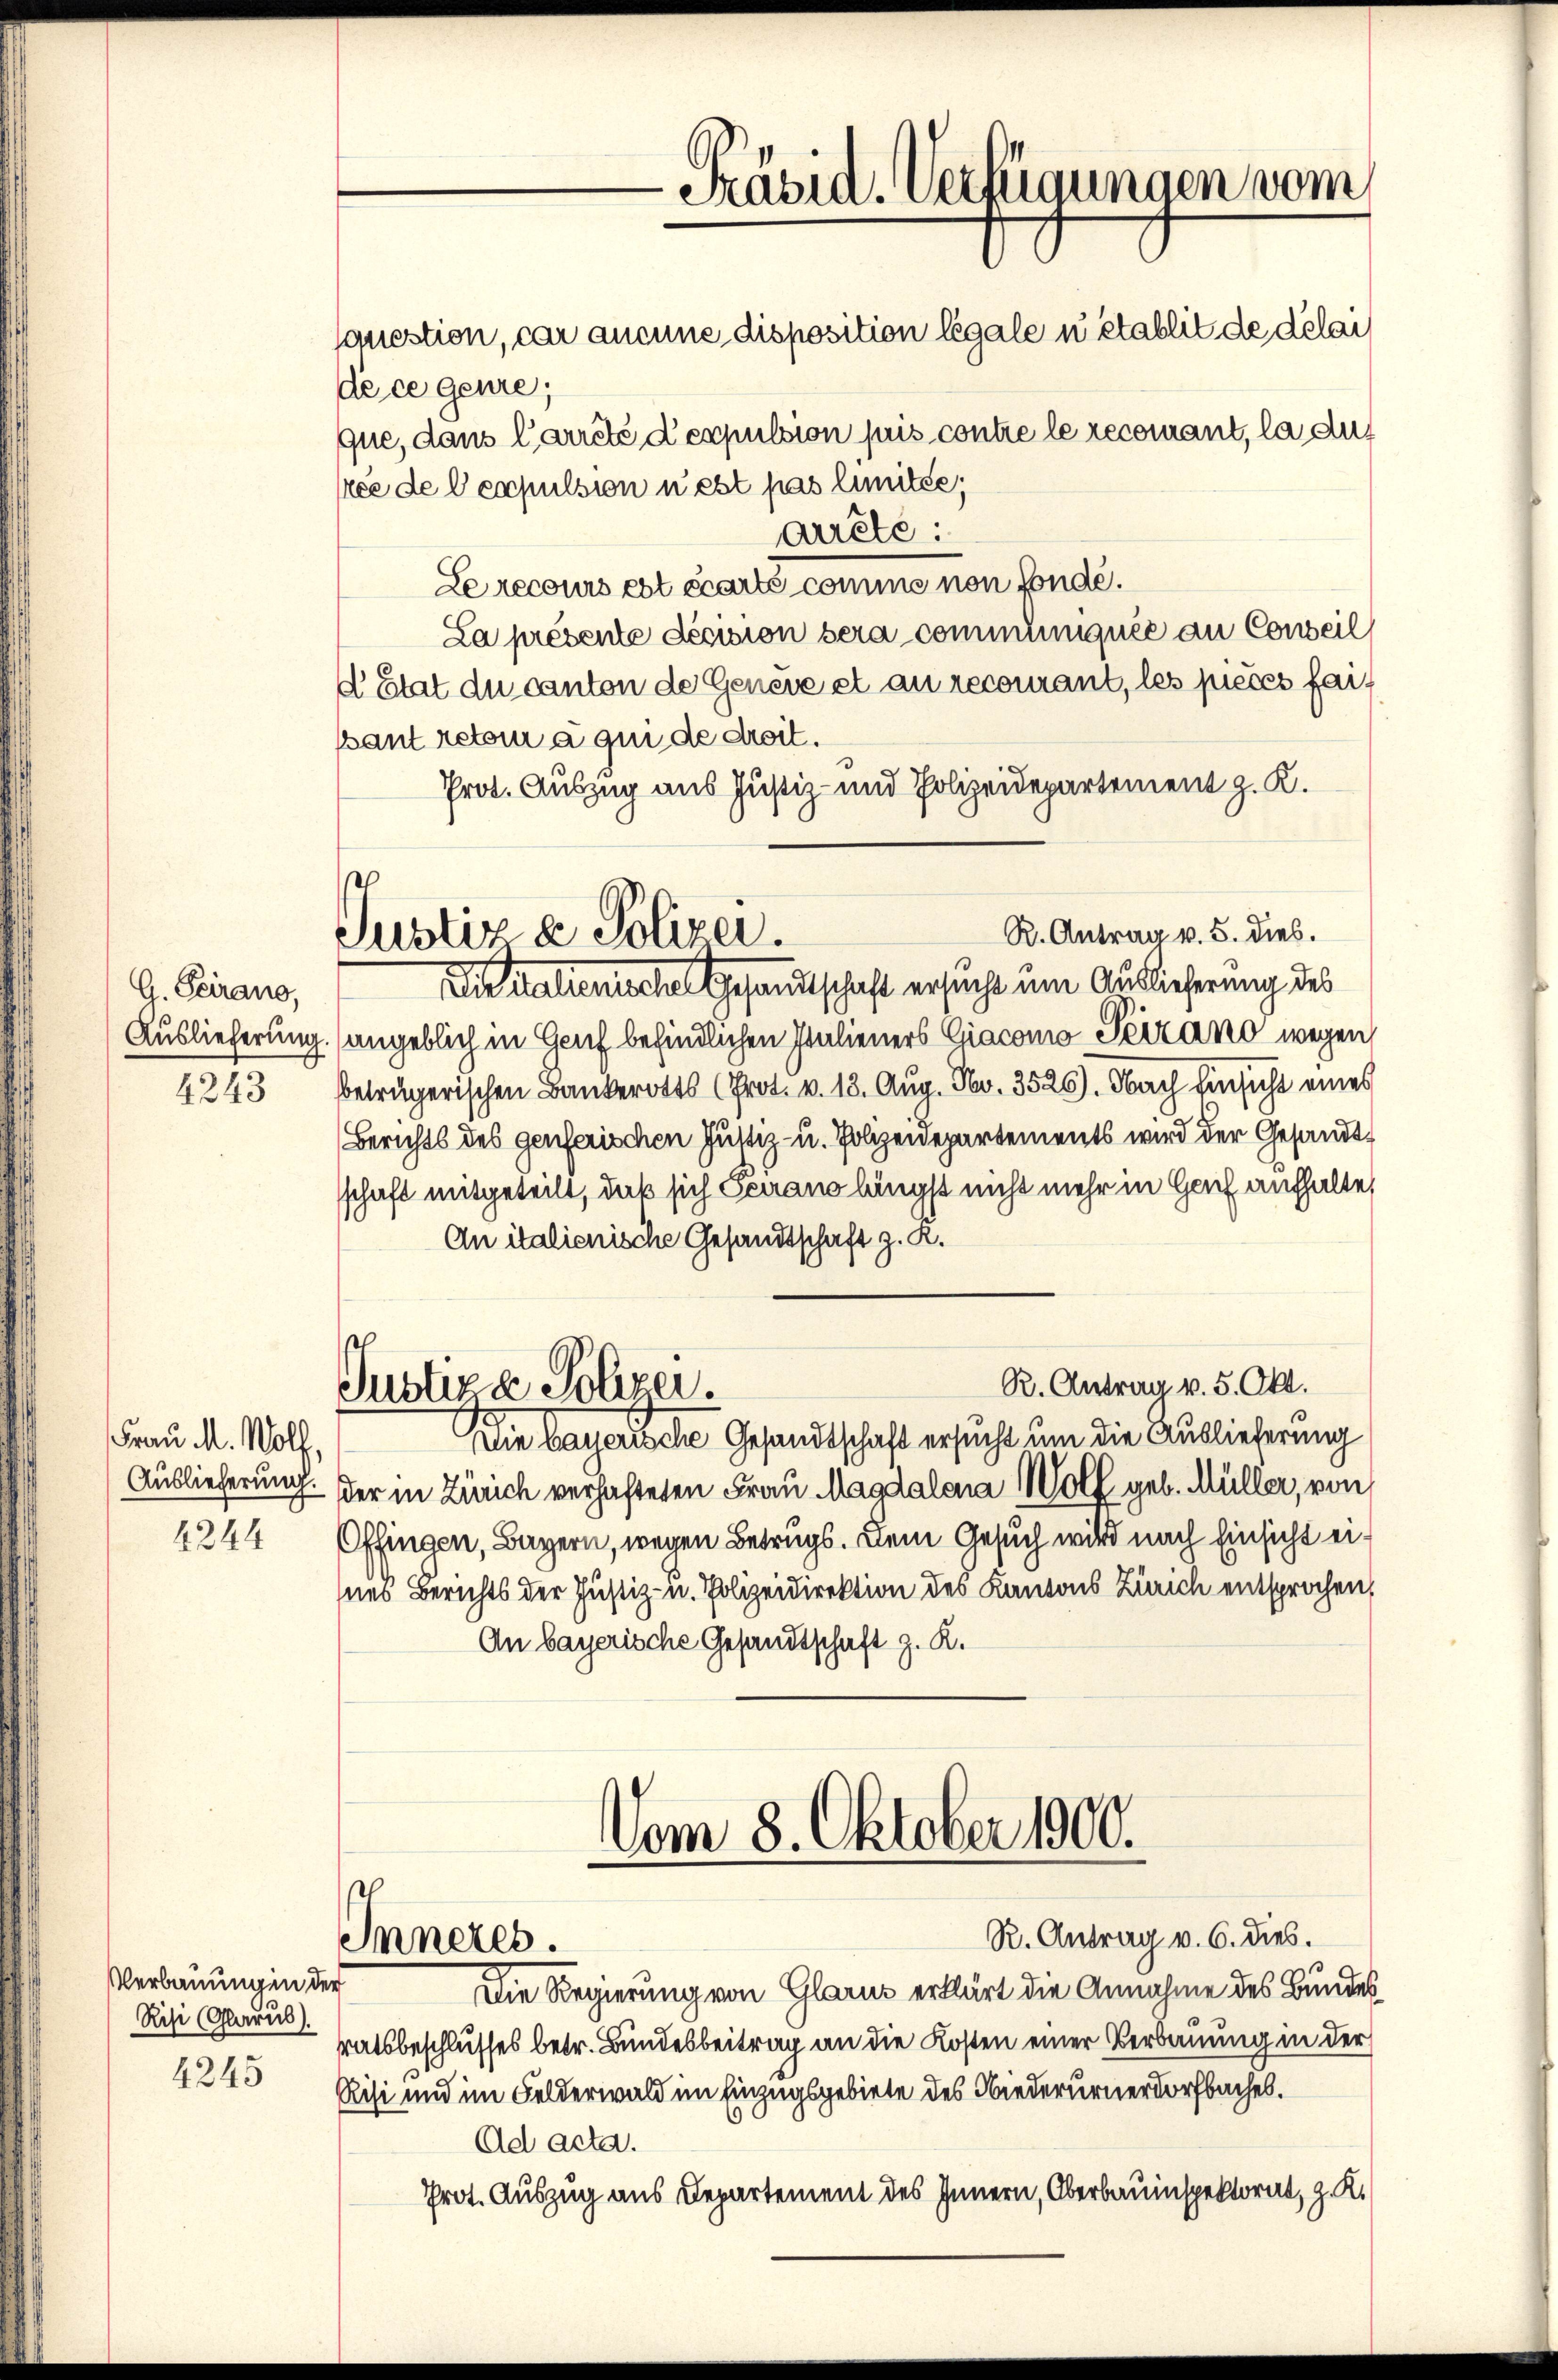
G. Seirano,
Auslieferung.
4243

Frau M. Wolf,
4244

Verbauung in der
Risi (Glarus).

4245

Präsid. Verfügungen vom

R. Antrag v. 5. dies.
Justiz & Polizei.

sauestion, car aucune disposition légale u établit de délai
de ce geure;
que, dans Carreté d’espulsion puis contre le recourant, la dur
ree de l’excpulsion n’est pas limitée;
arrête:
Le recours est écarts comme non fonde.
La présente devision sera communiquée an Conseil
d Etat du canton de Genere et au recourant, les pieces fait
pant retour a qui de droit.
Prot. Auszug aus Justiz- und Polizeidepartement z. K.
Die valienische Gesandtschaft ersucht um Auslieferung des
angeblich in Genf befindlichen Italieners Giacomo Peizano wegen
beträgerischen Bankerotts (Prot. v. 13. Aug. No. 3526). Obach Einsicht eines
Berichts des genferischen Justiz- u. Polizeidepartements wird der Gesandtschaft mitgeteilt, daß sich Gerano längst nicht mehr in Hof aufhalte,
An italienische Gesandtschaft z. R.
R. Antrag v. 5. Okt.
Justiz & Polizei.
Die bayerische Gesandtschaft ersucht um die Auslieferung
Auslieferung. Der in Zürich verhafteten Frau Magdalena Wolf geb. Müller, von
Offingen, Bayern, wegen Betrugs. Dem Gesuch wird nach Einsicht eines Berichts der Justiz- u. Polizeidirektion des Kantons Zürich entsprochen,
An bayerische Gesandtschaft z. R.

Vom 8. Oktober 1900.
R. Antrag v. 6. dies.
Inneres.

Die Regierung von Glarus erklärt die Annahme des Bundes
ratsbeschlusses betr. Bundesbeitrag an die Kosten einer Verbauung in der
Risi und im Felderwald im Einzugsgebiete des Niederurnerdorfbaches.
Ad acta.
Prot. Auszug aus Departement des Innern, Oberbauinspektorat, z. K.